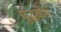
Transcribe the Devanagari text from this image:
युद्धघोष